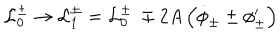
LaTeX: { \cal L } _ { 0 } ^ { \pm } \rightarrow { \cal L } _ { 1 } ^ { \pm } = { \cal L } _ { 0 } ^ { \pm } \: \mp 2 A \left( \dot { \phi } _ { \pm } \pm \phi _ { \pm } ^ { \prime } \right)